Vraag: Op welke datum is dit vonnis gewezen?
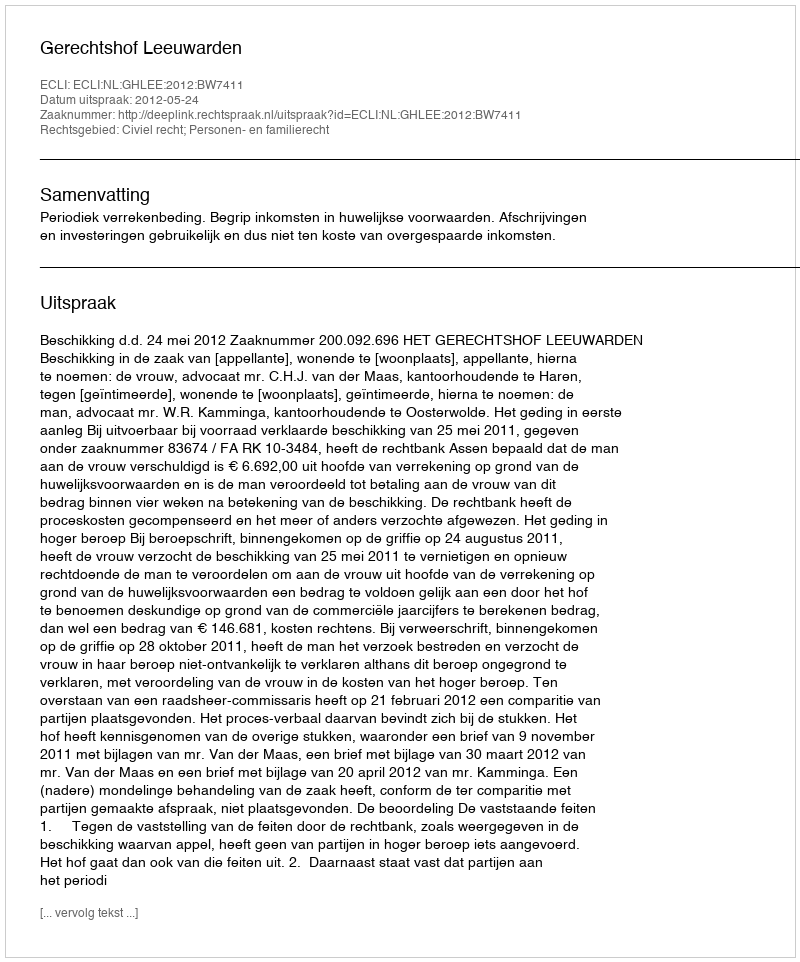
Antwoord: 2012-05-24